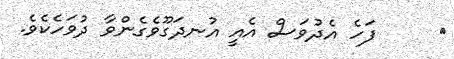
٩     ފަހެ އެދުވަސް އެއީ އުނދަގޫވެގެންވާ ދުވަހެކެވެ.